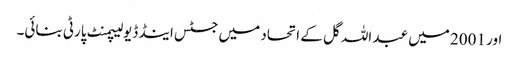
اور 2001 میں عبد اللہ گل کے اتحاد میں جسٹس اینڈ ڈیولیپمنٹ پارٹی بنائی۔